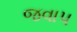
જવાપ